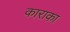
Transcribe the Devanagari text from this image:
काराका